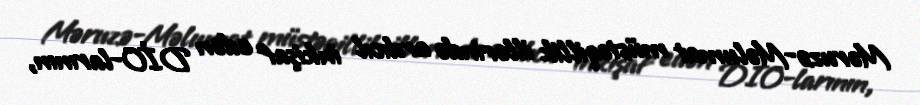
Məruzə-Məlumat müstəqillik illərində ardıcıl inkişaf edən DİO-larının,